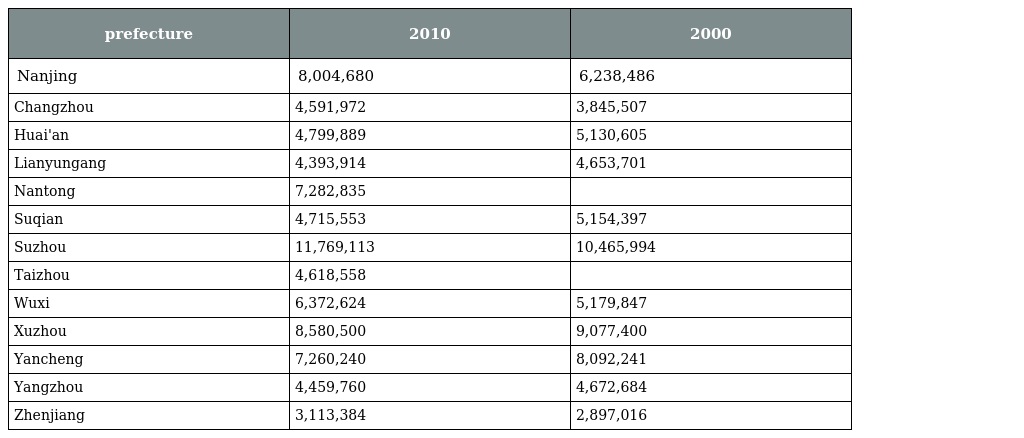
| prefecture | 2010 | 2000 |
 | --- | --- | --- |
 | Nanjing | 8,004,680 | 6,238,486 |
 | Changzhou | 4,591,972 | 3,845,507 |
 | Huai'an | 4,799,889 | 5,130,605 |
 | Lianyungang | 4,393,914 | 4,653,701 |
 | Nantong | 7,282,835 |  |
 | Suqian | 4,715,553 | 5,154,397 |
 | Suzhou | 11,769,113 | 10,465,994 |
 | Taizhou | 4,618,558 |  |
 | Wuxi | 6,372,624 | 5,179,847 |
 | Xuzhou | 8,580,500 | 9,077,400 |
 | Yancheng | 7,260,240 | 8,092,241 |
 | Yangzhou | 4,459,760 | 4,672,684 |
 | Zhenjiang | 3,113,384 | 2,897,016 |